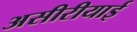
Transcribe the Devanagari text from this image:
असीरीयाई